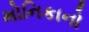
મોનિકાનો